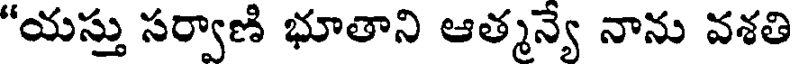
"యస్తు సర్వాణి భూతాని ఆత్మన్యే నాను వశతి